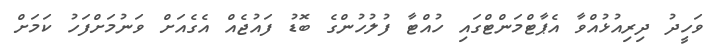
ވަހީދު ދިރިއުޅުއްވާ އެޕާޓްމަންޓްގައި ހުއްޓާ ފުލުހުންގެ ބޮޑު ފައުޖެއް އެގެއަށް ވަނުމަށްފަހު ކަމަށް